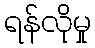
ရန်လိုမှု